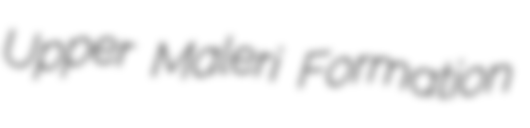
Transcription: Upper Maleri Formation